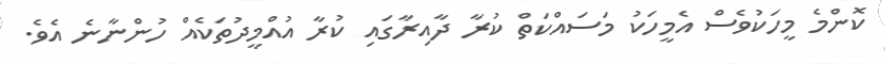
ކޮންމެ މީހަކުވެސް އެމީހަކު މަސައްކަތް ކުރާ ދާއިރާގައި ކުރާ އުއްމީދުތަކެއް ހުންނާނެ އެވެ.